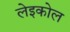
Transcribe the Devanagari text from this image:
लेइकोल